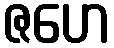
ဇဟေ